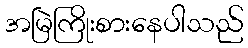
အမြဲကြိုးစားနေပါသည်